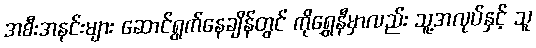
အစီးအနင်းများ ဆောင်ရွက်နေချိန်တွင် ကိုရွှေနီမှာလည်း သူ့အလုပ်နှင့် သူ